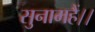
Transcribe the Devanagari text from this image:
सुनामहैं।।